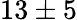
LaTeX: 13\pm 5